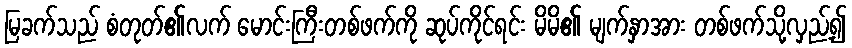
မြခက်သည် စံတုတ်၏လက် မောင်းကြီးတစ်ဖက်ကို ဆုပ်ကိုင်ရင်း မိမိ၏ မျက်နှာအား တစ်ဖက်သို့လှည့်၍